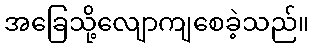
အခြေသို့လျောကျစေခဲ့သည်။